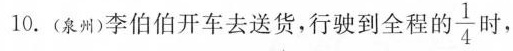
10.(泉州)李伯伯开车去送货，行驶到全程的 \frac{1}{4} 时，